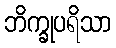
ဘိက္ခုပရိသာ